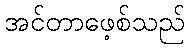
အင်တာဖေ့စ်သည်